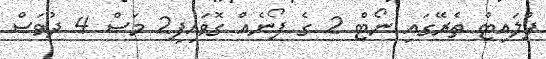
ފްލައިޓް ތެރޭގައި ނޯޓް 2 ގެ ފޯނެއް ގޮވައިފި2 މަސް 4 ދުވަސް